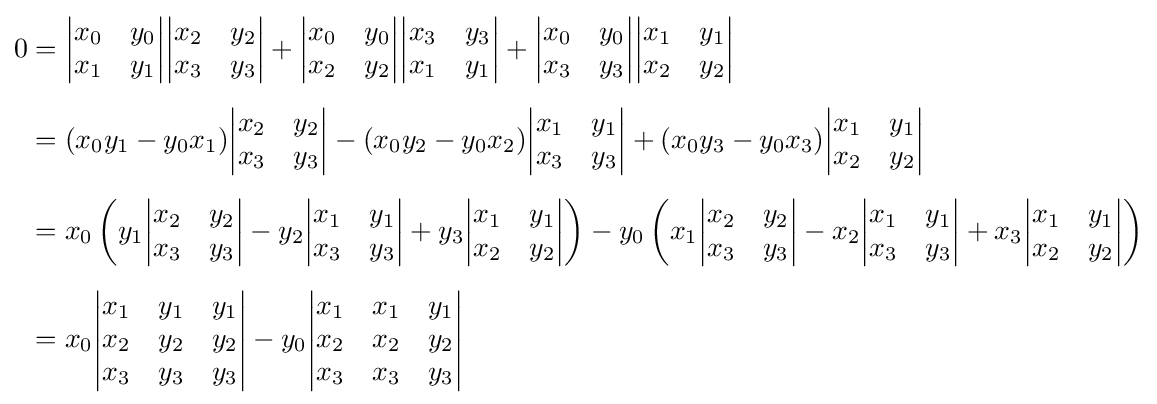
{\begin{aligned}0&={\begin{vmatrix}x_{0}&y_{0}\\x_{1}&y_{1}\end{vmatrix}}{\begin{vmatrix}x_{2}&y_{2}\\x_{3}&y_{3}\end{vmatrix}}+{\begin{vmatrix}x_{0}&y_{0}\\x_{2}&y_{2}\end{vmatrix}}{\begin{vmatrix}x_{3}&y_{3}\\x_{1}&y_{1}\end{vmatrix}}+{\begin{vmatrix}x_{0}&y_{0}\\x_{3}&y_{3}\end{vmatrix}}{\begin{vmatrix}x_{1}&y_{1}\\x_{2}&y_{2}\end{vmatrix}}\\[5pt]&=(x_{0}y_{1}-y_{0}x_{1}){\begin{vmatrix}x_{2}&y_{2}\\x_{3}&y_{3}\end{vmatrix}}-(x_{0}y_{2}-y_{0}x_{2}){\begin{vmatrix}x_{1}&y_{1}\\x_{3}&y_{3}\end{vmatrix}}+(x_{0}y_{3}-y_{0}x_{3}){\begin{vmatrix}x_{1}&y_{1}\\x_{2}&y_{2}\end{vmatrix}}\\[5pt]&=x_{0}\left(y_{1}{\begin{vmatrix}x_{2}&y_{2}\\x_{3}&y_{3}\end{vmatrix}}-y_{2}{\begin{vmatrix}x_{1}&y_{1}\\x_{3}&y_{3}\end{vmatrix}}+y_{3}{\begin{vmatrix}x_{1}&y_{1}\\x_{2}&y_{2}\end{vmatrix}}\right)-y_{0}\left(x_{1}{\begin{vmatrix}x_{2}&y_{2}\\x_{3}&y_{3}\end{vmatrix}}-x_{2}{\begin{vmatrix}x_{1}&y_{1}\\x_{3}&y_{3}\end{vmatrix}}+x_{3}{\begin{vmatrix}x_{1}&y_{1}\\x_{2}&y_{2}\end{vmatrix}}\right)\\[5pt]&=x_{0}{\begin{vmatrix}x_{1}&y_{1}&y_{1}\\x_{2}&y_{2}&y_{2}\\x_{3}&y_{3}&y_{3}\end{vmatrix}}-y_{0}{\begin{vmatrix}x_{1}&x_{1}&y_{1}\\x_{2}&x_{2}&y_{2}\\x_{3}&x_{3}&y_{3}\end{vmatrix}}\end{aligned}}